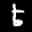
Label: 5